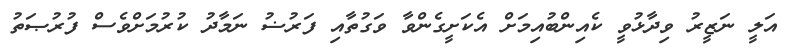
އަލީ ނަޒީރު ވިދާޅުވީ ކެއިންބުއިމަށް އެކަށީގެންވާ ވަގުތާއި ފަރުޟު ނަމާދު ކުރުމަށްވެސް ފުރުޞަތު